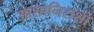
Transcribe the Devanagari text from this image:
आशानिराशा